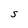
Character: S